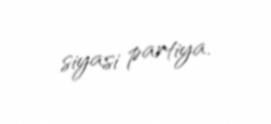
siyasi partiya.